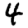
Digit: 4